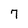
Character: 7